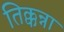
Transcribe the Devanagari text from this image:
तिक्कन्ना